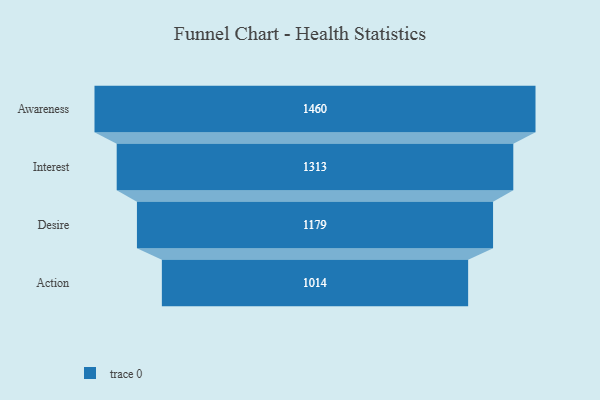
{"axis": {"x": "Stage", "y": "Value"}, "legend": [""], "data": [{"x": "Awareness", "y": 1460.0, "type": ""}, {"x": "Interest", "y": 1313.0, "type": ""}, {"x": "Desire", "y": 1179.0, "type": ""}, {"x": "Action", "y": 1014.0, "type": ""}]}